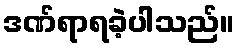
ဒဏ်ရာရခဲ့ပါသည်။